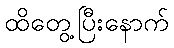
ထိတွေ့ပြီးနောက်